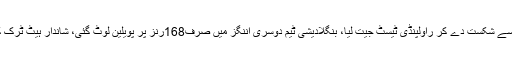
پاکستان نے بنگلہ دیش کو اننگز اور 44رنز سے شکست دے کر راولپنڈی ٹیسٹ جیت لیا، بنگلادیشی ٹیم دوسری اننگز میں صرف168رنز پر پویلین لوٹ گئی، شاندار ہیٹ ٹرک کرنے پر نسیم شاہ میں آف دی میچ قرار پائے۔